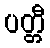
ပတ္တီ